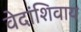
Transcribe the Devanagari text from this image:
वेदांशिवाय